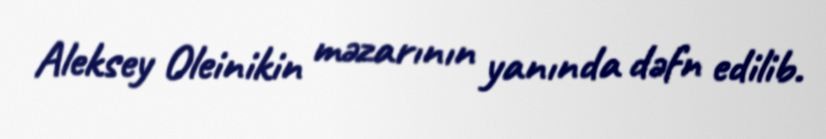
Aleksey Oleinikin məzarının yanında dəfn edilib.